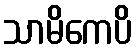
သာမိကေပိ